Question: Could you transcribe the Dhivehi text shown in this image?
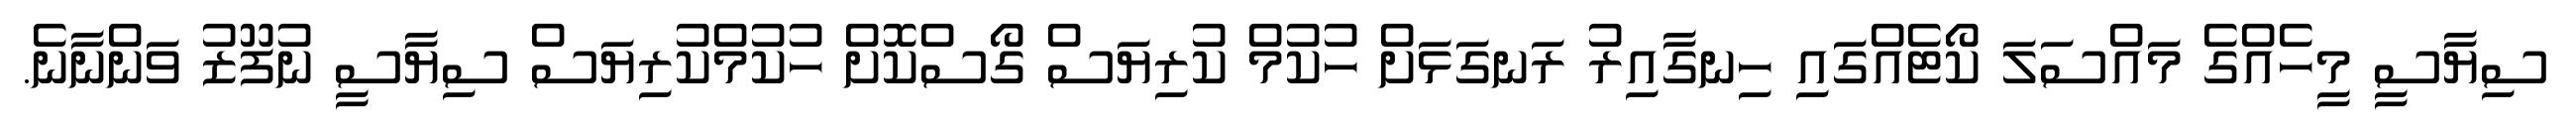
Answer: ސިޔާސީ މީހެއްގެ މައްސަލަ ކޯޓެއްގައި ހިނގާއިރު ރަނގަޅަށް ހުކުމް ކުރިޔަސް ގޯސްކޮށް ހުކުމްކުރިޔަސް ސިޔާސީ ނުފޫޒު ވަންނާނެ.